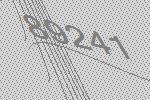
89241